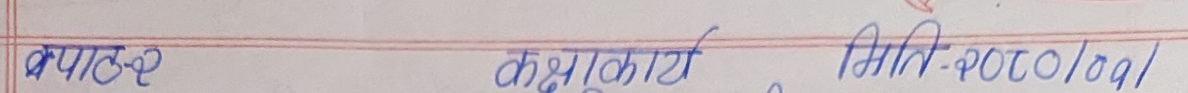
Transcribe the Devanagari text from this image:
क्याडर कक्षाकार्य, मिति-२०८०/०१/